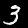
Digit: 3